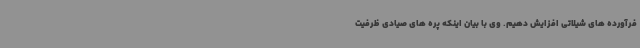
فرآورده های شیلاتی افزایش دهیم. وی با بیان اینکه پره های صیادی ظرفیت